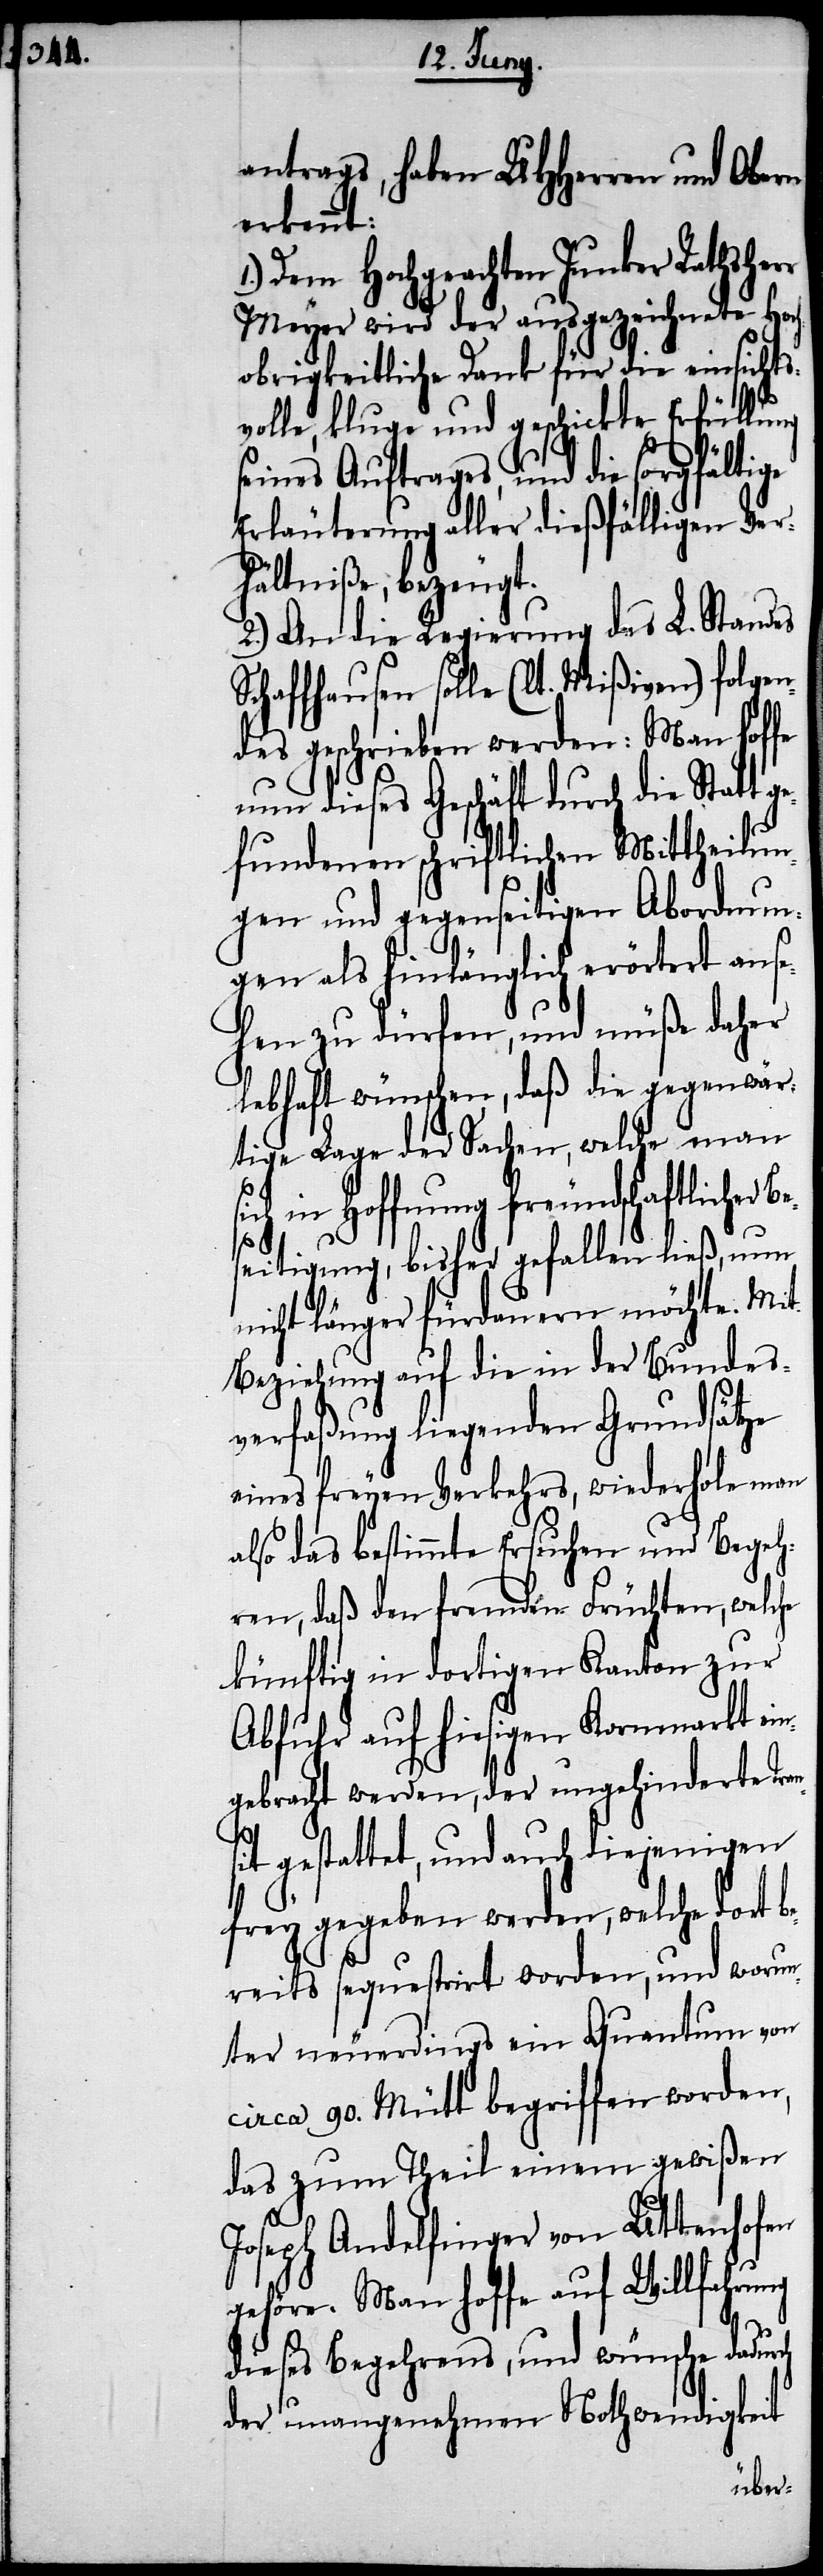
antrags, haben UHHerren und Obern
erkennt:
Dem Hochgeachten Junker Rathsher¬
r Meyer wird der ausgezeichnete Hoc¬
hobrigkeitliche Dank für die einsichts¬
volle, kluge und geschickte Erfüllung
seines Auftrages, und die sorgfältige
Erläuterung aller dießfälligen Ver¬
hältniße, bezeugt.
2.) An die Regierung des L. Standes
Schaffhausen solle (lt. Mißiven) folgen¬
des geschrieben werden: Man hoffe
nun dieses Geschäft durch die Statt g¬
efundenen schriftlichen Mittheilun¬
gen und gegenseitigen Abordnun¬
gen als hinlänglich erörtert anse¬
hen zu dürfen, und müße daher
lebhaft wünschen, daß die gegenwär¬
tige Lage der Sachen, welche man
in Hoffnung freundschaftlicher
Beseitigung, bisher gefallen ließ, nun
nicht länger fürdauern möchte. Mit
Beziehung auf die in der Bundes¬
verfaßung liegenden Grundsätze
eines freyen Verkehrs, wiederhole man
also das bestimmte Ersuchen und Begeh¬
ren, daß den fremden Früchten, welche
künftig in dortigen Kanton zur
Abfuhr auf hiesigen Kornmarkt ein¬
gebracht werden, der ungehinderte Tran¬
sit gestattet, und auch diejenigen
frey gegeben werden, welche dort be¬
reits neuerdings ein Quantum von
circa 90. Mütt begriffen worden,
das zum Theil einem gewißen
Joseph Andelfinger von Uttenhofen
gehöre. Man hoffe auf Willfahrung
dieses Begehrens, und wünsche dadurch
der unangenehmen Nothwendigkeit